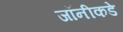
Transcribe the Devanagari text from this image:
जॉनीकडे